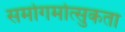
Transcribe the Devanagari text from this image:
समोगमोत्सुकता